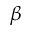
\beta